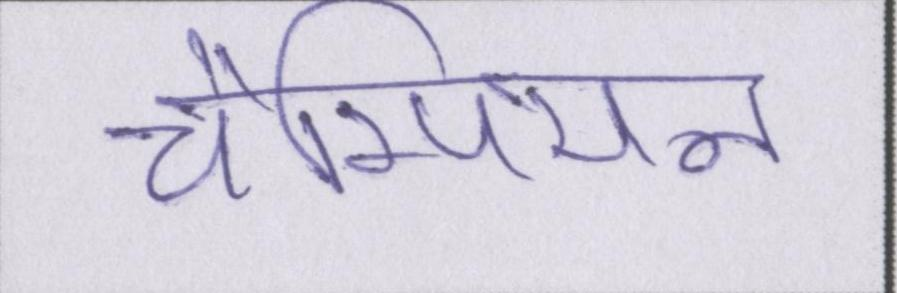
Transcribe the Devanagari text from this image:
चैम्पियन